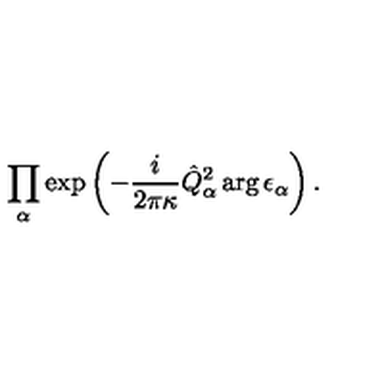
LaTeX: \prod _ { \alpha } \exp \left( - \frac { i } { 2 \pi \kappa } \hat { Q } _ { \alpha } ^ { 2 } \arg \epsilon _ { \alpha } \right) .